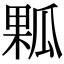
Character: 𤬁